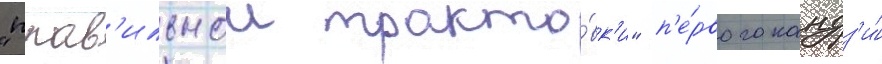
"прав'ильнои тракто́вк'и" п'е́рвого кандз'и́